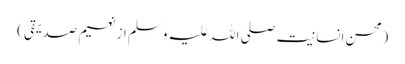
(محسن انسانیت صلی اللہ علیہ وسلم از نعیم صدیقی)